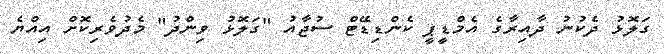
ގަލޮޅު ދެކުނު ދާއިރާގެ އެމްޑީޕީ ކެންޑިޑޭޓް ސުޖާއު "ގަލޮޅު ވިންދު" މެދުވެރިކޮށް އިއްޔެ